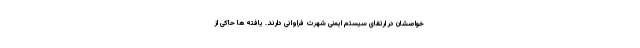
خواصشان در ارتقای سیستم ایمنی شهرت فراوانی دارند. یافته ها حاکی از